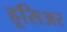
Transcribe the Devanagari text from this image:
हूसिअर